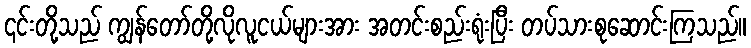
၎င်းတို့သည် ကျွန်တော်တို့လိုလူငယ်များအား အတင်းစည်းရုံးပြီး တပ်သားစုဆောင်းကြသည်။